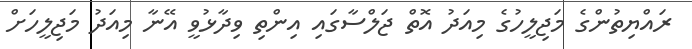
ރައްޔިތުންގެ މަޖިލީހުގެ މިއަދު އޮތް ޖަލްސާގައި އިންތި ވިދާޅުވީ އޭނާ މިއަދު މަޖިލީހަށް